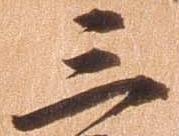
三